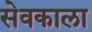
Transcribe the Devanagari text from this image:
सेवकाला